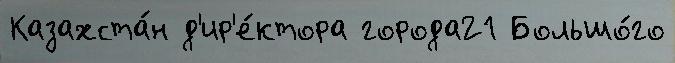
Казахста́н д'ир'е́ктора города21 Большо́го